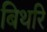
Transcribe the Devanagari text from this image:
बिथरि